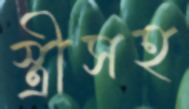
স্ত্রীসহ